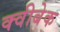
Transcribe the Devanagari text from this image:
क्वीबेक